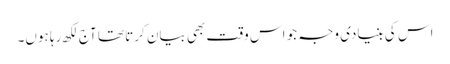
اس کی بنیادی وجہ جو اس وقت بھی بیان کرتا تھا آج لکھ رہا ہوں۔